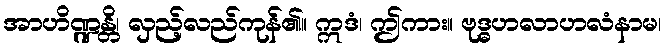
အာဟိဏ္ဍန္တိ၊ လှည့်လည်ကုန်၏။ ဣဒံ၊ ဤကား။ ဗုဒ္ဓဟလာဟလံနာမ၊